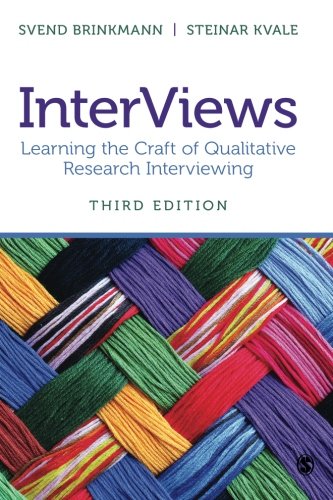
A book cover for InterViews: Learning the Craft of Qualitative Research Interviewing; Svend Brinkmann; Politics & Social Sciences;